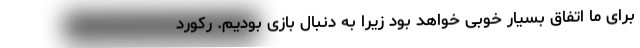
برای ما اتفاق بسیار خوبی خواهد بود زیرا به دنبال بازی بودیم. رکورد